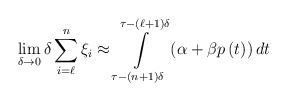
\begin{align*}\lim_{\delta \rightarrow 0}\delta \sum_{i=\ell }^{n}\xi _{i}\approx\int\limits_{\tau -\left( n+1\right) \delta }^{\tau -\left( \ell +1\right)\delta }\left( \alpha +\beta p\left( t\right) \right) dt \end{align*}